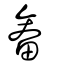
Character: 畚